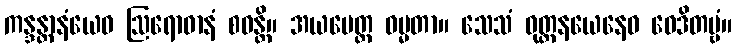
ကန္ဒန္တာနံယေဝ ဩရောဓာနံ စဝန္တိ။ အယမေတ္ထ ဓမ္မတာ။ သေသံ ဝုတ္တနယေနေဝ ဝေဒိတဗ္ဗံ။